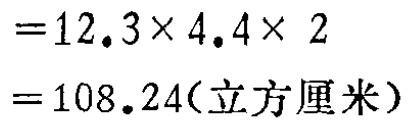
\[

\begin{align*}

&=12.3\times4.4\times 2\\

&=108.24(\text{立方厘米})

\end{align*}

\]